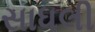
સાધલી